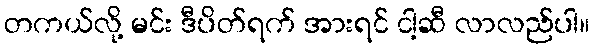
တကယ်လို့ မင်း ဒီပိတ်ရက် အားရင် ငါ့ဆီ လာလည်ပါ။